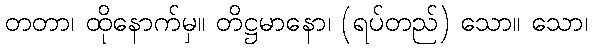
တတာ၊ ထိုနောက်မှ။ တိဋ္ဌမာနော၊ (ရပ်တည်) သော။ သော၊